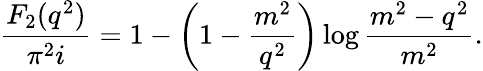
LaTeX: \frac{F_{2}(q^{2})}{\pi^{2}i}=1-\left(1-\frac{m^{2}}{q^{2}}\right)\log\frac{m^{2}-q^{2}}{m^{2}}.